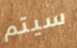
سيتم